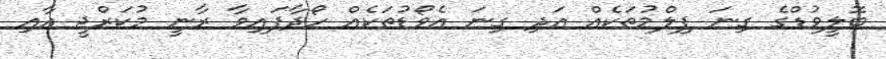
ބޮލީވުޑްގެ ގިނަ ފިލްމުތަކެއް އަދި ގިނަ އެވޯޑުތަކެއް ހޯދާފައިވާ ރާނީ މުކަރްޖީ އާއި